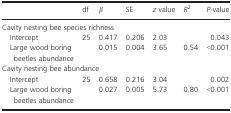
<table><thead><tr><td></td><td><b>df</b></td><td><b><i>β</i></b></td><td><b>SE</b></td><td><b><i>z</i> value</b></td><td><b><i>R</i><sup>2</sup></b></td><td><b><i>P</i>‐value</b></td></tr></thead><tbody><tr><td colspan="7">Cavity nesting bee species richness</td></tr><tr><td>Intercept</td><td>25</td><td>0.417</td><td>0.206</td><td>2.03</td><td></td><td>0.043</td></tr><tr><td>Large wood boring beetles abundance</td><td></td><td>0.015</td><td>0.004</td><td>3.65</td><td>0.54</td><td>&lt;0.001</td></tr><tr><td colspan="7">Cavity nesting bee abundance</td></tr><tr><td>Intercept</td><td>25</td><td>0.658</td><td>0.216</td><td>3.04</td><td></td><td>0.002</td></tr><tr><td>Large wood boring beetles abundance</td><td></td><td>0.027</td><td>0.005</td><td>5.73</td><td>0.80</td><td>&lt;0.001</td></tr></tbody></table>